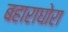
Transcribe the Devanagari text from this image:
बहाराघोरा